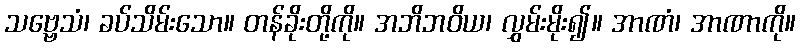
သဗ္ဗေသံ၊ ခပ်သိမ်းသော။ တန်ခိုးတို့ကို။ အဘိဘဝိယ၊ လွှမ်းမိုး၍။ အာဏံ၊ အာဏာကို။